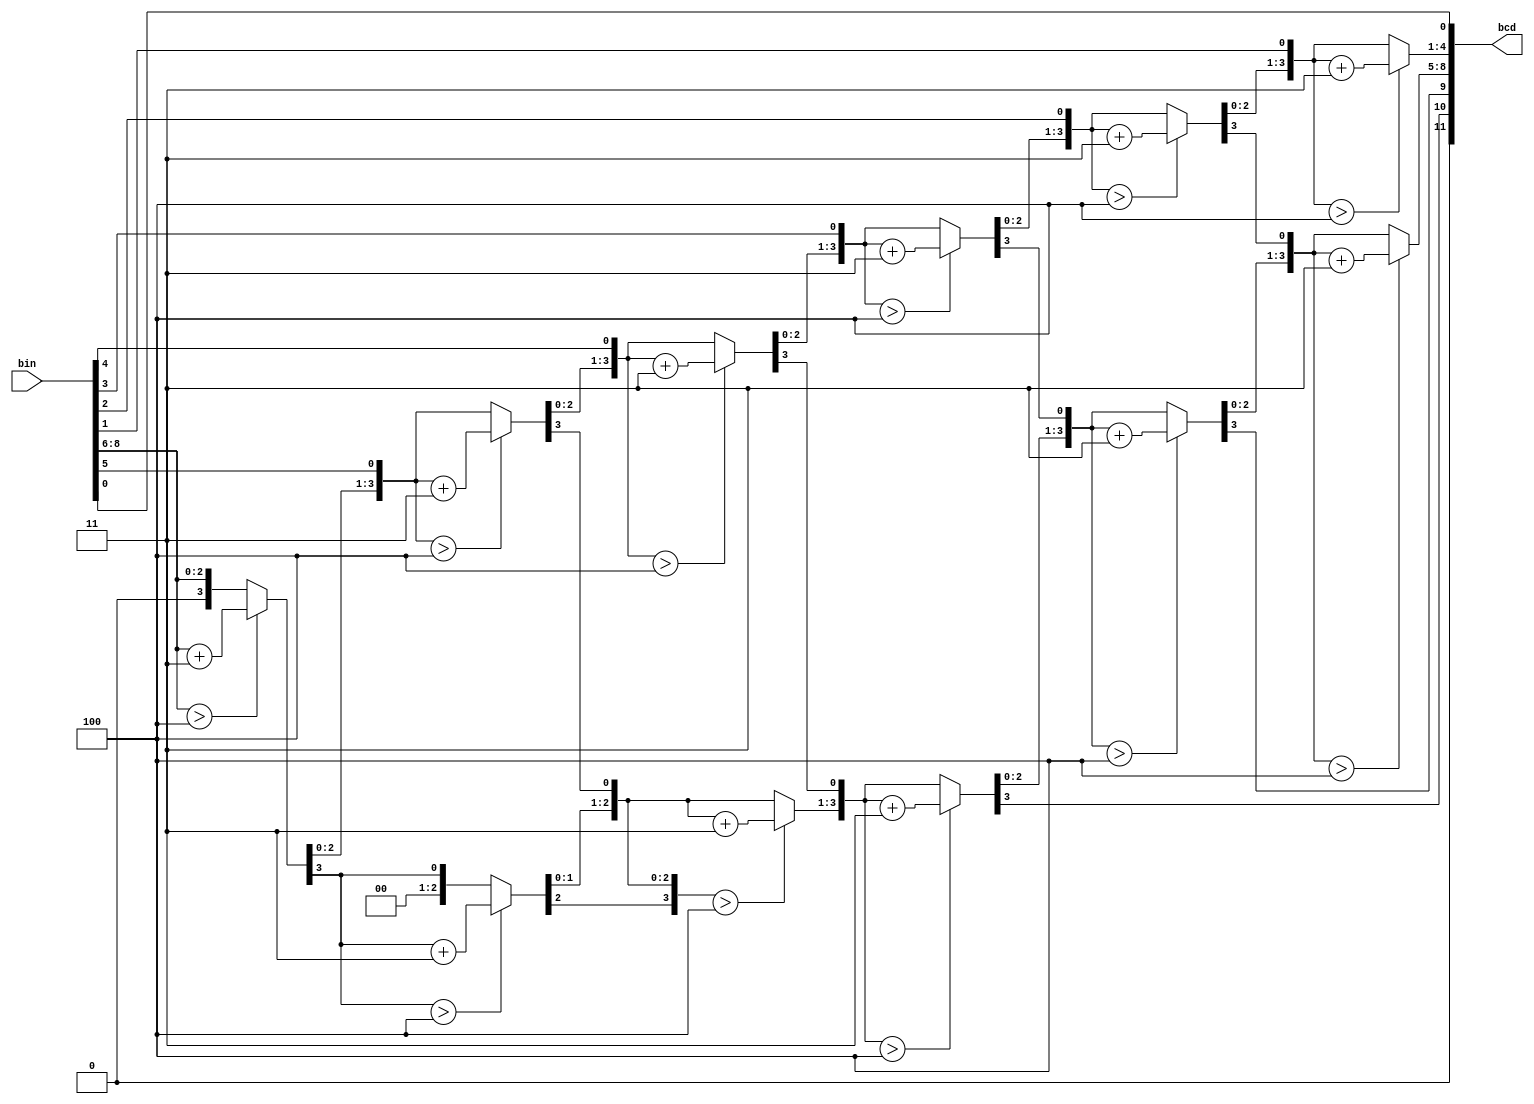
module bin2bcd9 (
  input      [8 :0] bin, 
  output reg [11:0] bcd  
);
  reg [19:0] z;
  integer i;
  always @(bin) begin
    for(i = 0; i <= 19; i = i+1) z[i] = 0;
    z[11:3] = bin;
    for(i = 0; i <= 5; i = i+1) begin
      if(z[12:9 ] > 4) z[12:9 ] = z[12:9 ] + 3;
      if(z[16:13] > 4) z[16:13] = z[16:13] + 3;
      z[19:1] = z[18:0];
     end      
	  bcd = {1'b0,z[19:9]};
  end
endmodule